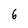
Character: 6